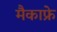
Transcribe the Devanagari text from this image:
मैकाफ्रे